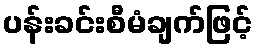
ပန်းခင်းစီမံချက်ဖြင့်